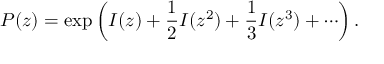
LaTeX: P ( z ) = \exp \left( I ( z ) + { \frac { 1 } { 2 } } I ( z ^ { 2 } ) + { \frac { 1 } { 3 } } I ( z ^ { 3 } ) + \cdots \right) .